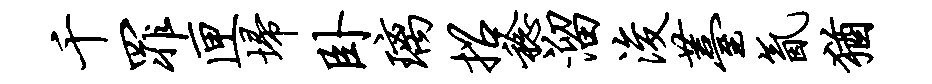
千罪匣埽卧璃招稔溜浚薹氤犹